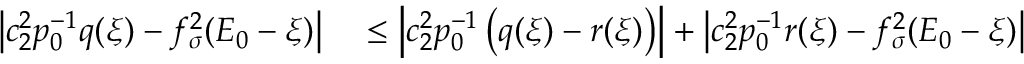
\begin{array} { r l } { \left| c _ { 2 } ^ { 2 } p _ { 0 } ^ { - 1 } q ( \xi ) - f _ { \sigma } ^ { 2 } ( E _ { 0 } - \xi ) \right| } & { { } \le \left| c _ { 2 } ^ { 2 } p _ { 0 } ^ { - 1 } \left( q ( \xi ) - r ( \xi ) \right) \right| + \left| c _ { 2 } ^ { 2 } p _ { 0 } ^ { - 1 } r ( \xi ) - f _ { \sigma } ^ { 2 } ( E _ { 0 } - \xi ) \right| } \end{array}